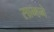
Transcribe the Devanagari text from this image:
साम्हने